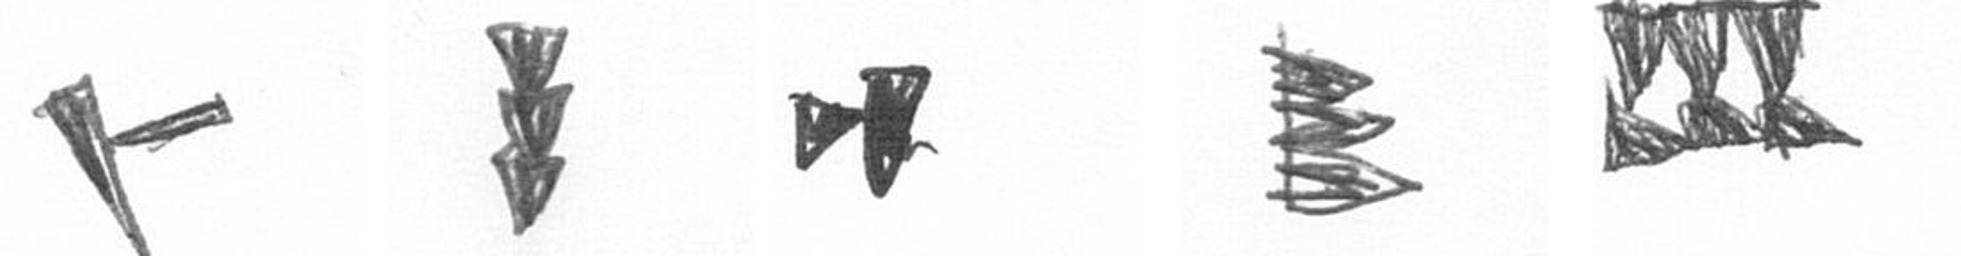
F E M H D